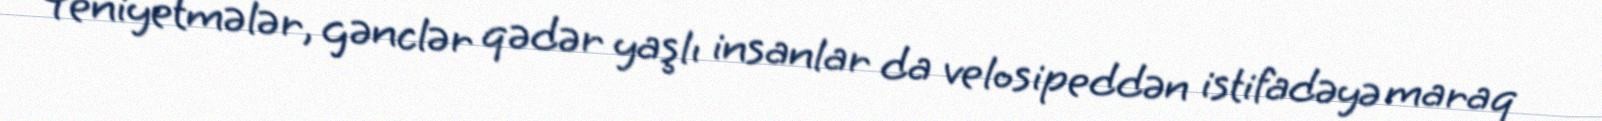
Yeniyetmələr, gənclər qədər yaşlı insanlar da velosipeddən istifadəyə maraq